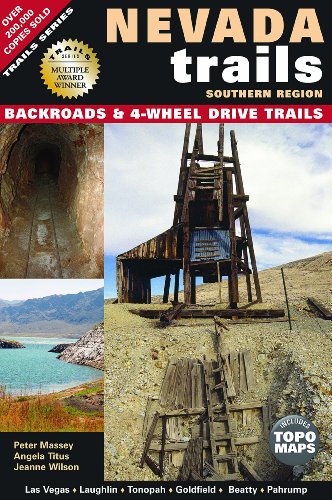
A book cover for Nevada Trails Southern Region; Peter Massey; Travel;